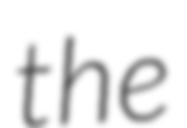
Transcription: the